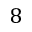
8